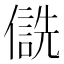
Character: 𪝮